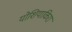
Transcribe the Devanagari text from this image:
योशियाकिरा